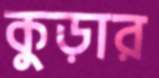
কুড়ার